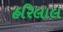
હરિલાલ